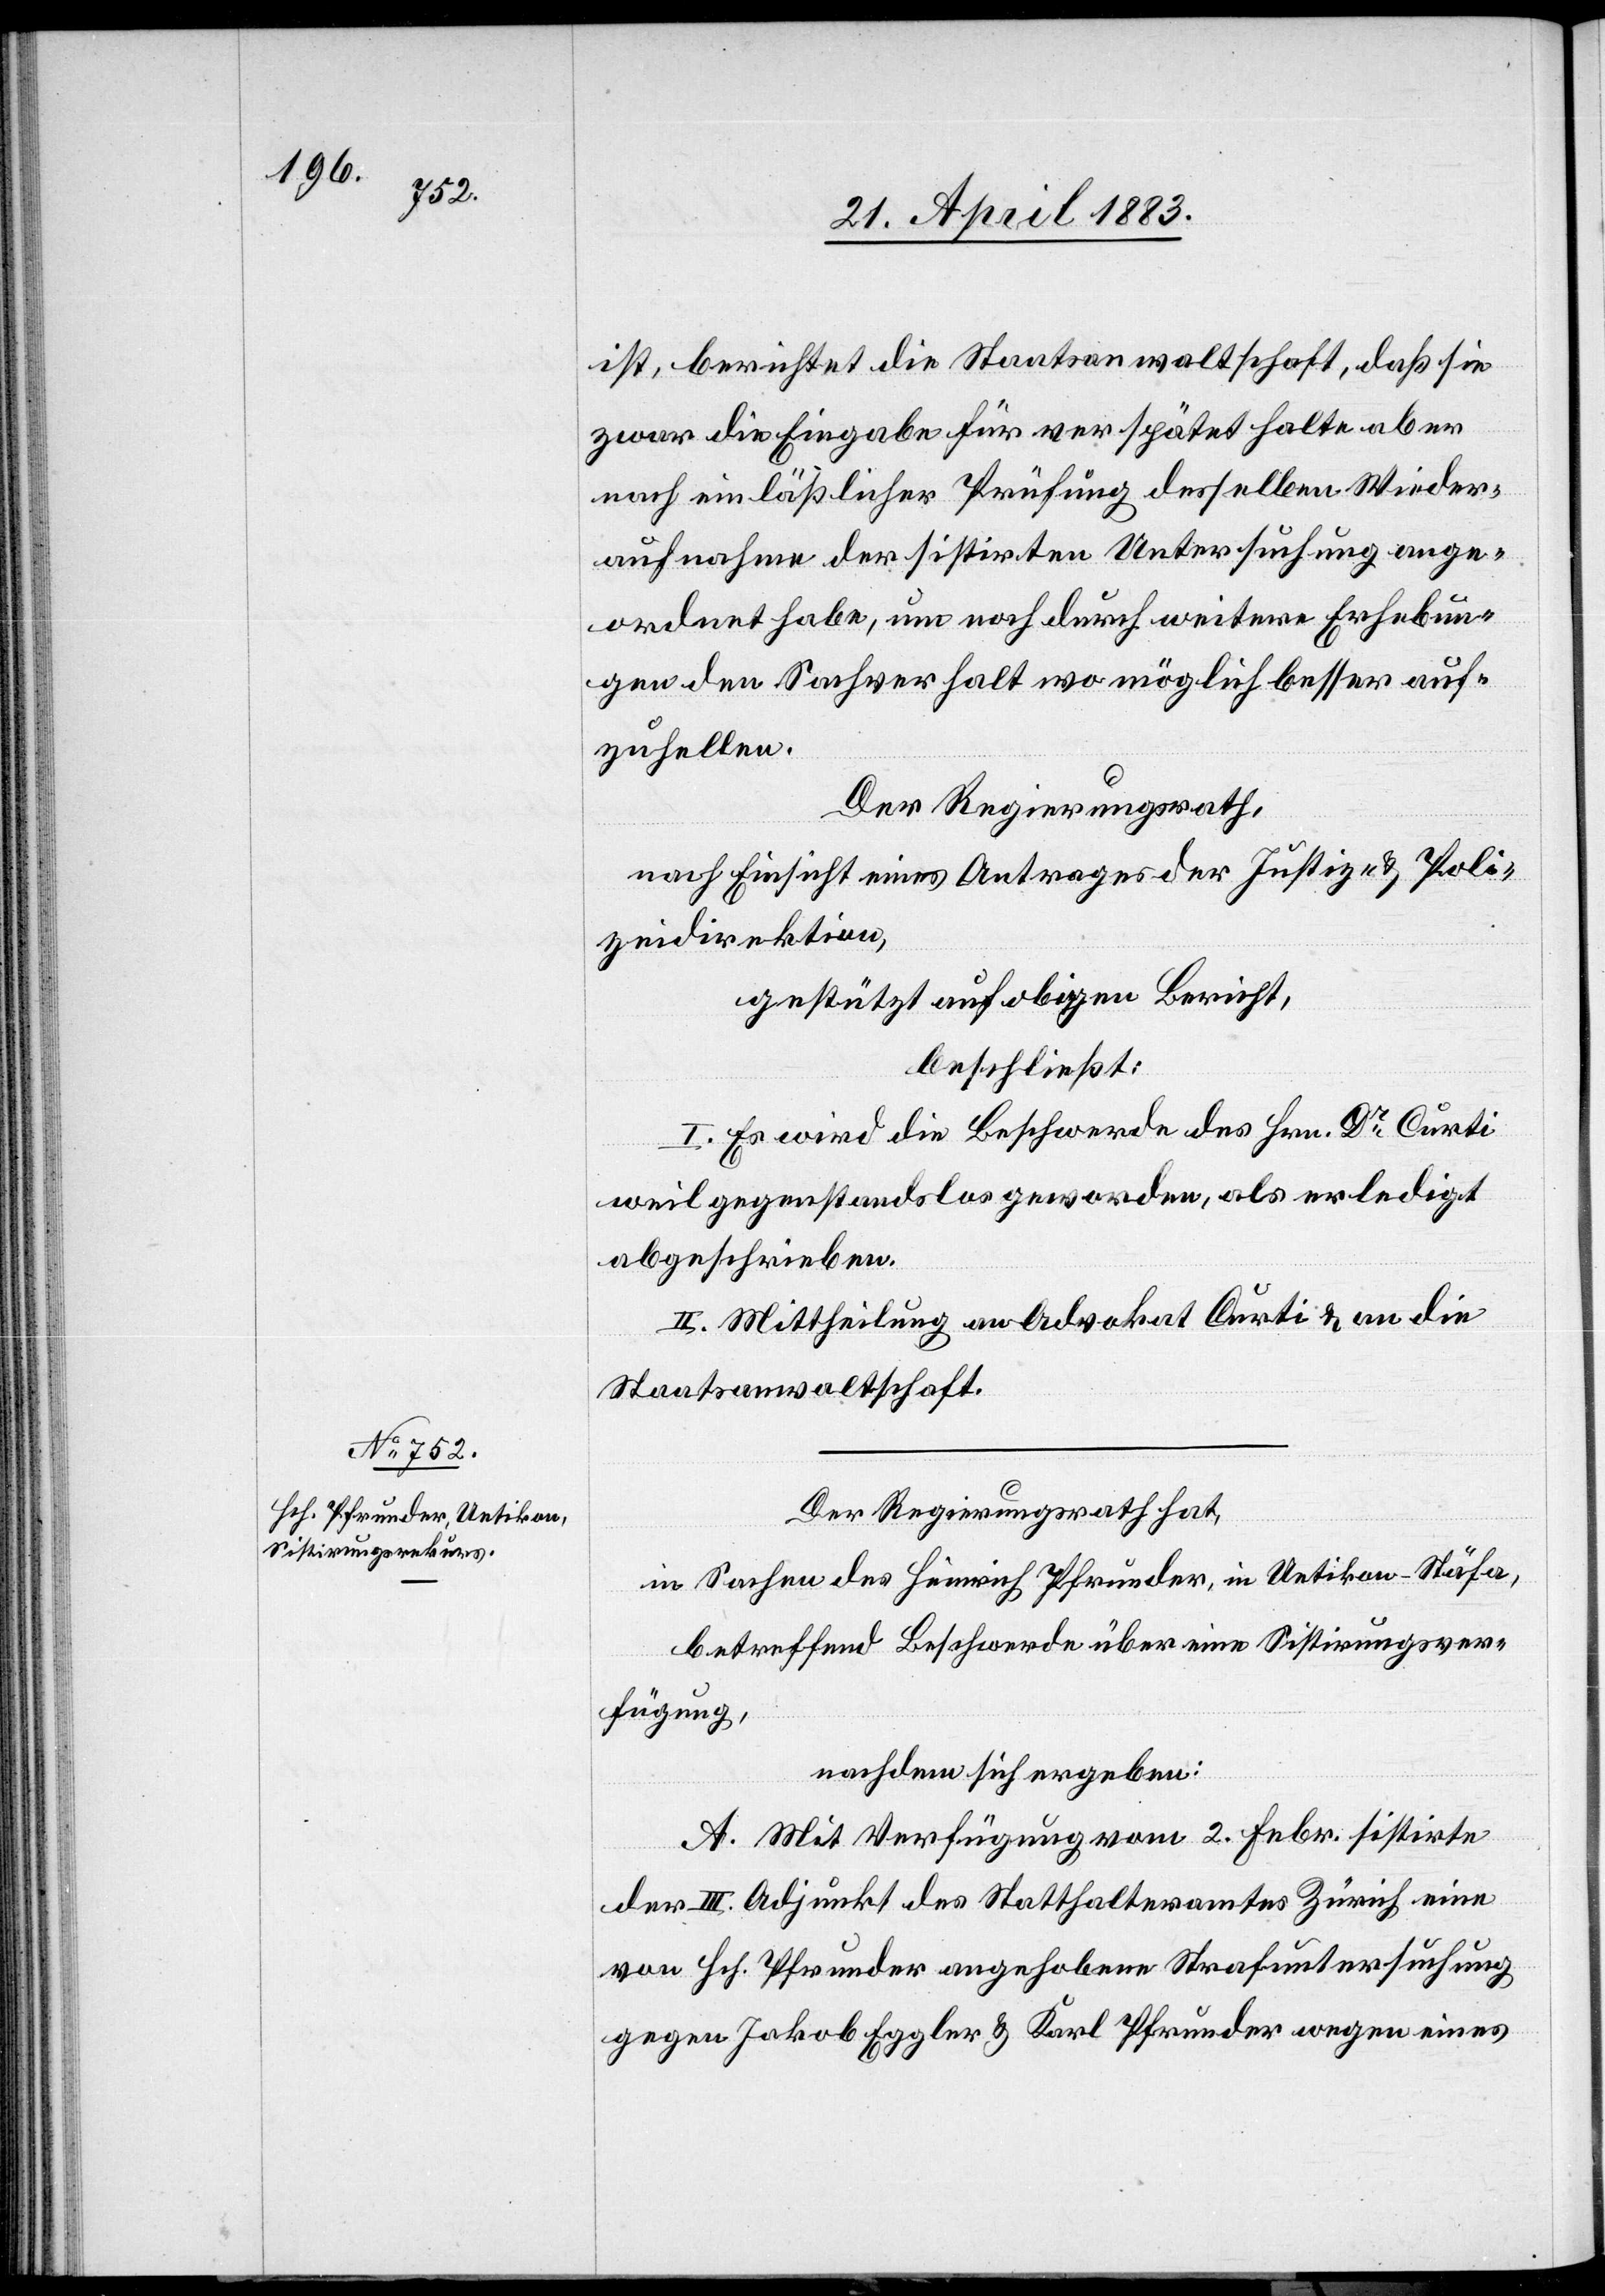
ist, berichtet die Staatsanwaltschaft, daß sie
zwar die Eingabe für verspätet halte aber
nach einlässlicher Prüfung desselben Wieder¬
aufnahme der sistirten Untersuchung ange¬
ordnet habe, um noch durch weitere Erhebun¬
gen den Sachverhalt wo möglich besser auf¬
zuhellen.
Der Regierungsrath,
nach Einsicht eines Antrages der Justiz- & Poli¬
zeidirektion,
gestützt auf obigen Bericht,
beschließt:
I. Es wird die Beschwerde des Hrn. Dr Curti
weil gegenstandslos geworden, als erledigt
abgeschrieben.
II. Mittheilung an Advokat Curti & an die
Staatsanwaltschaft.
Der Regierungsrath hat,
in Sachen des Heinrich Pfrunder, in Uetikon - Stäfa,
betreffend Beschwerde über eine Sistirungsver¬
fügung,
nachdem sich ergeben:
A. Mit Verfügung vom 2. Febr. sistirte
der III. Adjunkt des Statthalteramtes Zürich eine
von Hch. Pfrunder angehobene Strafuntersuchung
gegen Jakob Eggler & Karl Pfrunder wegen eines